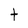
Character: t